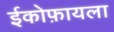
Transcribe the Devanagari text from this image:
ईकोफ़ायला